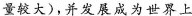
量较大)，并发展成为世界上